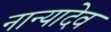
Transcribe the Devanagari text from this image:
नान्यादेव